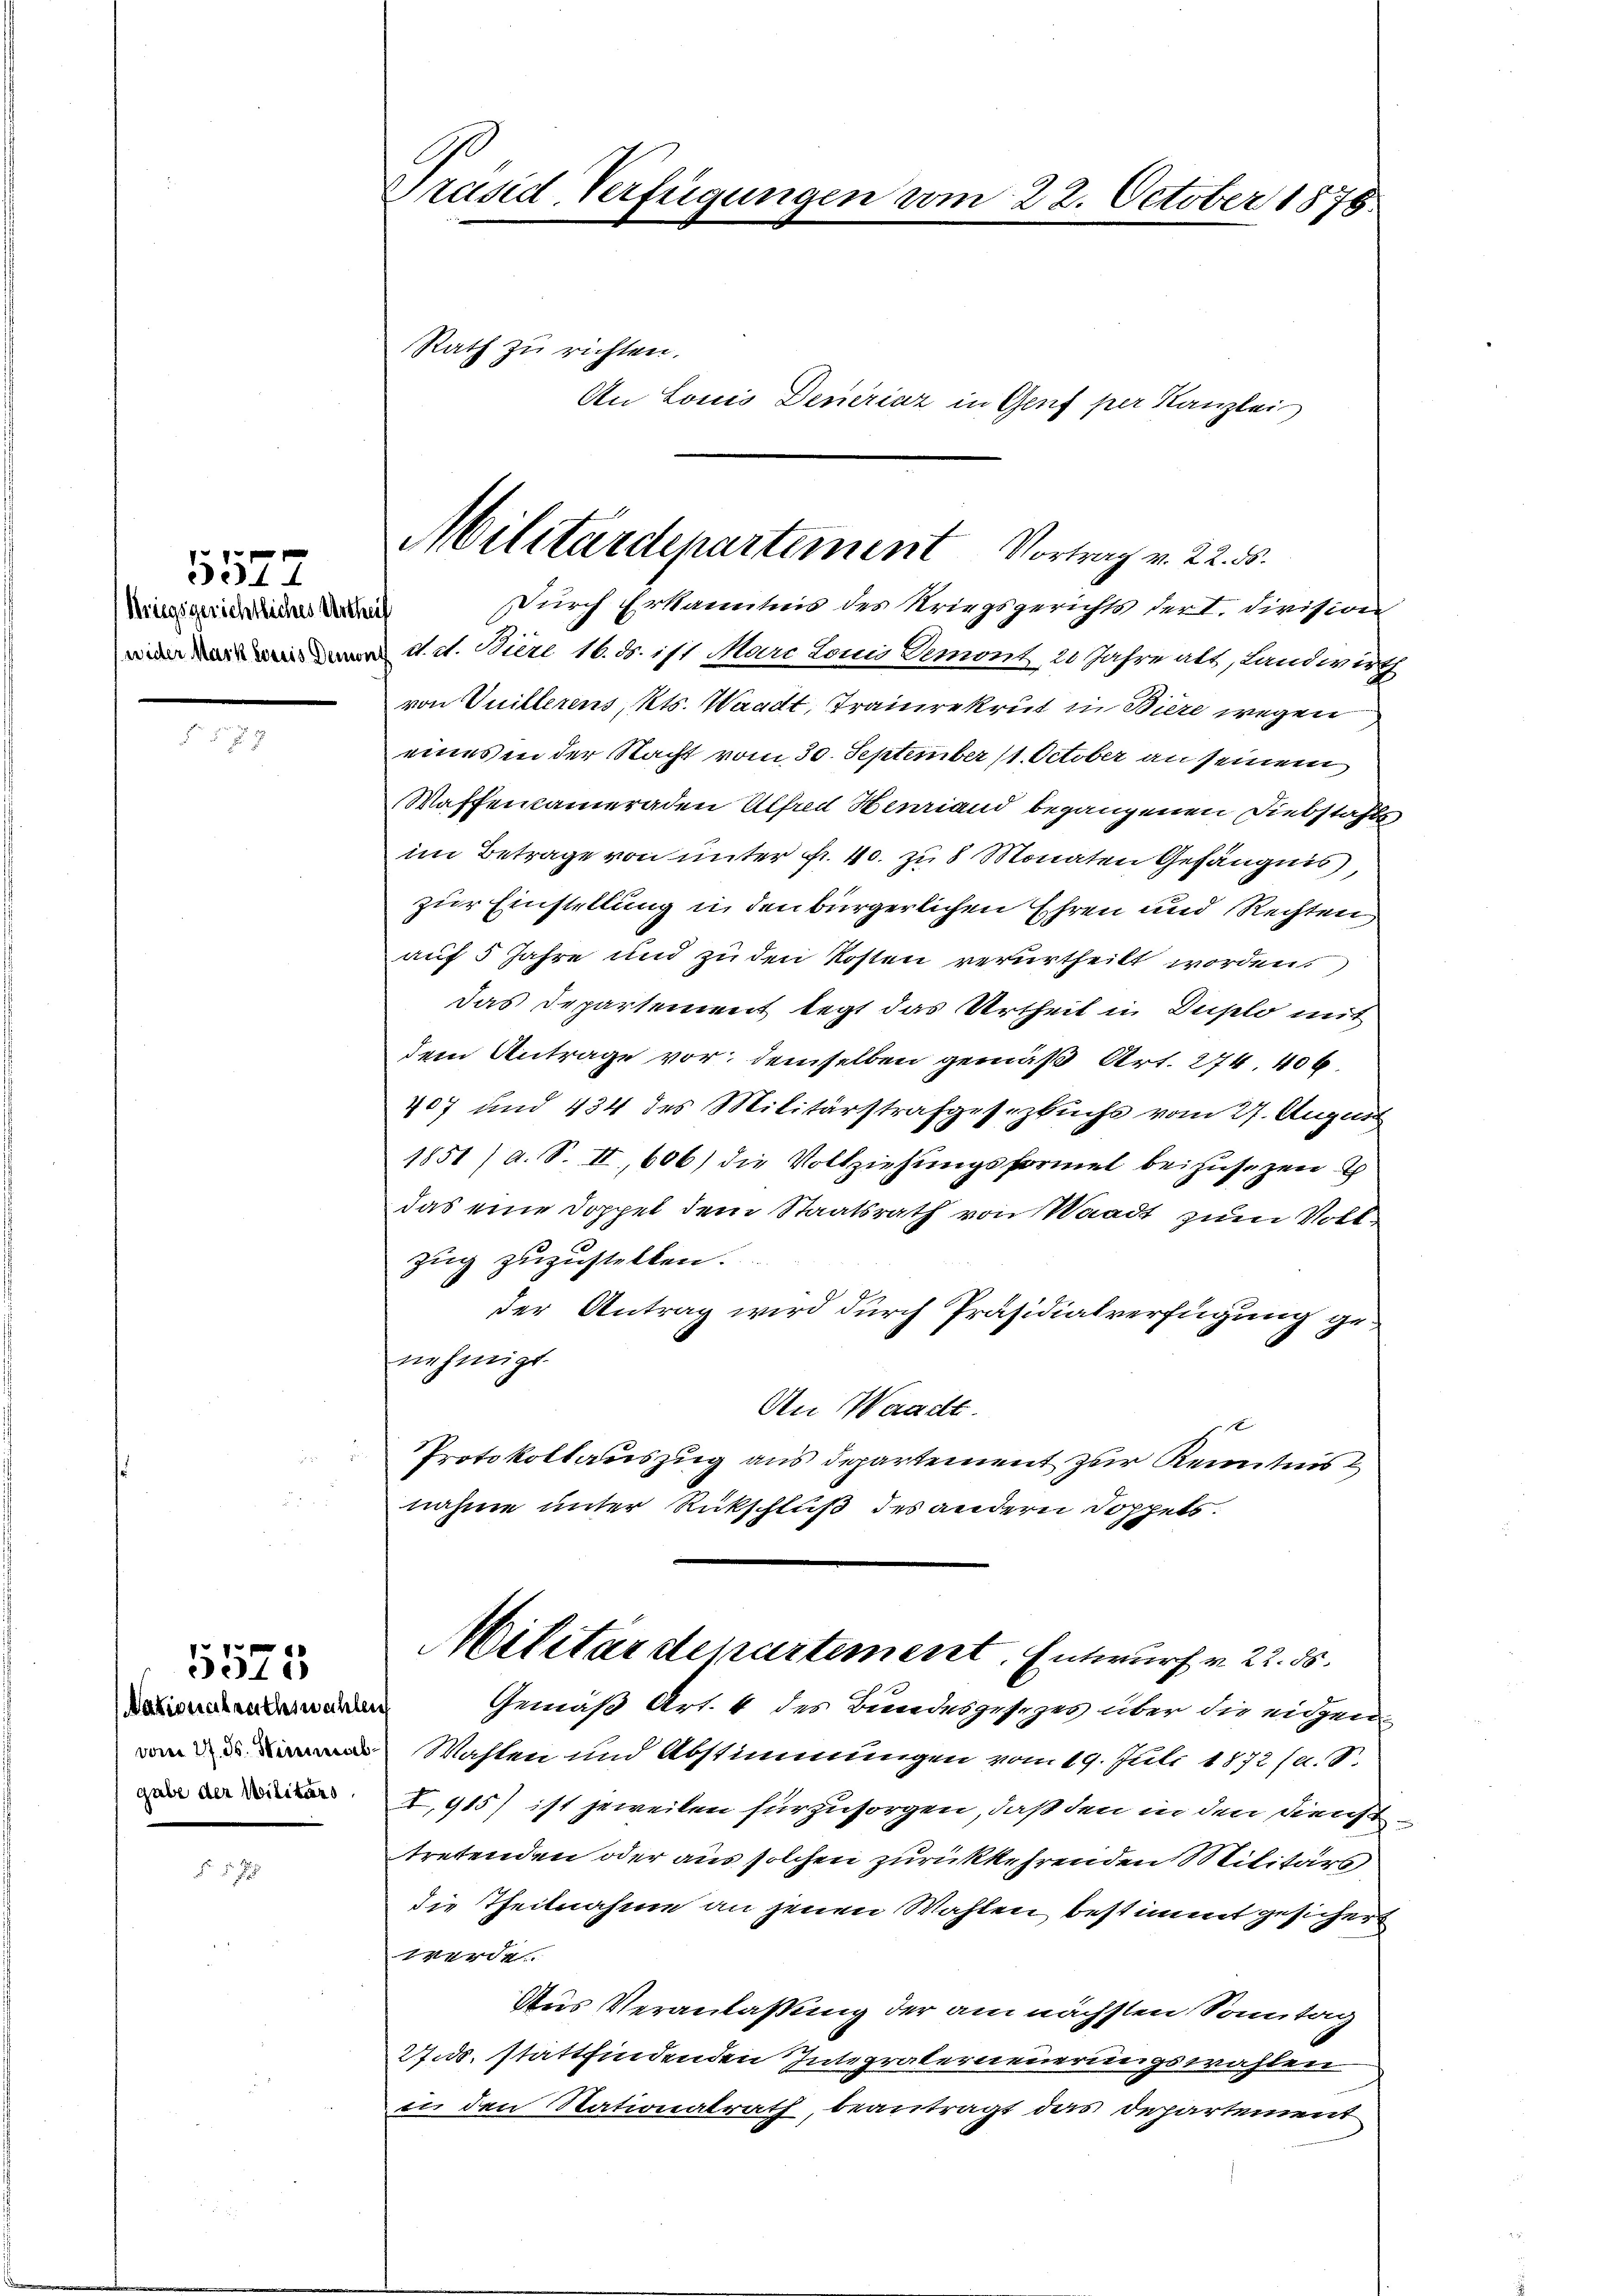
Miegsgerichtliches Urtheil

1524

Nationalrathswahlen
gabe der Militärs.

5575

Präsid. Verfügungen vom 22. October 1878
Rath zu richten.
An Louis Deneziaz in Genf per Kanzleis

Durch Erkanntnis des Kriegsgerichts der I. Division
n d. d. Dieze 16. ds. ist Marc Louis Demont, 20 Jahre als, Landwirth
von Vuillerens, Kts. Waadt, Traudrekrut in Biere wegen
eines in der Nacht vom 30. September 11. October an seinem
Waffencameraden Alfred Henriand begangenen Diebstahle
im Betrage von unter Nr. 40. zu 8 Monaten Gefängnis,
zur Einstellung in den bürgerlichen Ehren und Rechten
auf 5 Jahre und zu den Kosten verurtheilt worden,
das Departement legt das Urtheil in Duplo mit
dem Antrage vor; demselben gemäß Art. 274. 406.
407 und 434 des Militärstrafgesezbuchs vom 27. August
1851 / a. S. II, 606) die Vollziehungsformel beizusetzen u
das eine Doppel dem Staatsrath von Waadt zum Vollzug zuzustellen.
der Antrag wird durch Präsidialverfügung genehmigt.
An Waadt.
f
Protokollauszug aus Departement zur Kenntnis
nahme unter Rückschluß des andern Doppels.
Militärdepartement. Entwurf v. 22. 86.
Gemäß Art. 4 des Bundesgesezes über die eigen
 Wahlen und Abstimmungen vom 19. Juli 1872/a.B.
I,915) ist jeweilen für zusorgen, daß den in den Dienst
tretenden oder aus solchen zurükkehrenden Militärs
die Theilnahme an jenen Wahlen bestimmt gesichert
erde.
Aus Veranlassung der am nächsten Sonntag
27. ds. stattfindenden Interraterneuerungswahlen
in den Nationalrath, beantragt das Departement

Militärdepartement Vortrag v. 22. ds.